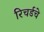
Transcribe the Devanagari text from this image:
रिचर्डचे